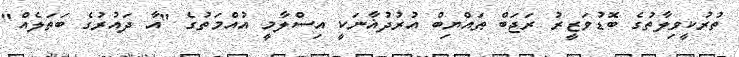
ތުރުކީވިލާތުގެ ބޮޑުވަޒީރު ރަޖަބް ޠައްޔިބް އުރުދުޣާނަކީ އިސްލާމީ އުއްމަތުގެ "އާ ދައުރުގެ ބަތަލެއް"